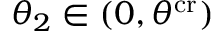
\theta _ { 2 } \in ( 0 , \theta ^ { \mathrm { c r } } )